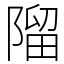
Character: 𨻧